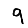
Digit: 9